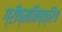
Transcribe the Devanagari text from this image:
ग्रीष्मनिष्क्रिय